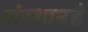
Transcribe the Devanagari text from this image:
संस्थानहै